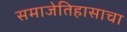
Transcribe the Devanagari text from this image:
समाजेतिहासाचा